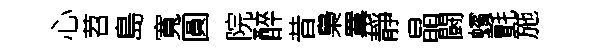
心苕島寬圓院醉昔梟羃靜晶闘蠙氈施